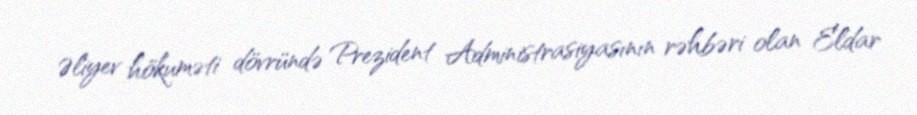
Əliyev hökuməti dövründə Prezident Administrasiyasının rəhbəri olan Eldar